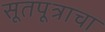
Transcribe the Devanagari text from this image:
सूतपूत्राचा